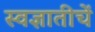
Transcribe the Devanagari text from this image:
स्वज्ञातीचें